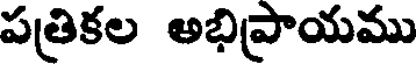
పత్రికల అభిప్రాయము